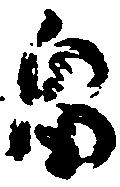
畠